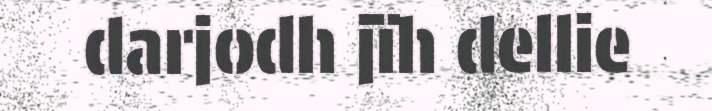
darjodh jïh dellie